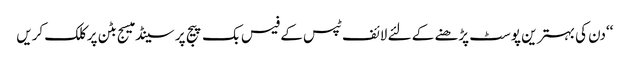
‘‘دن کی بہتر ین پوسٹ پڑھنے کے لئے لائف ٹپس کے فیس بک پیج پر سینڈ میسج بٹن پر کلک کریں